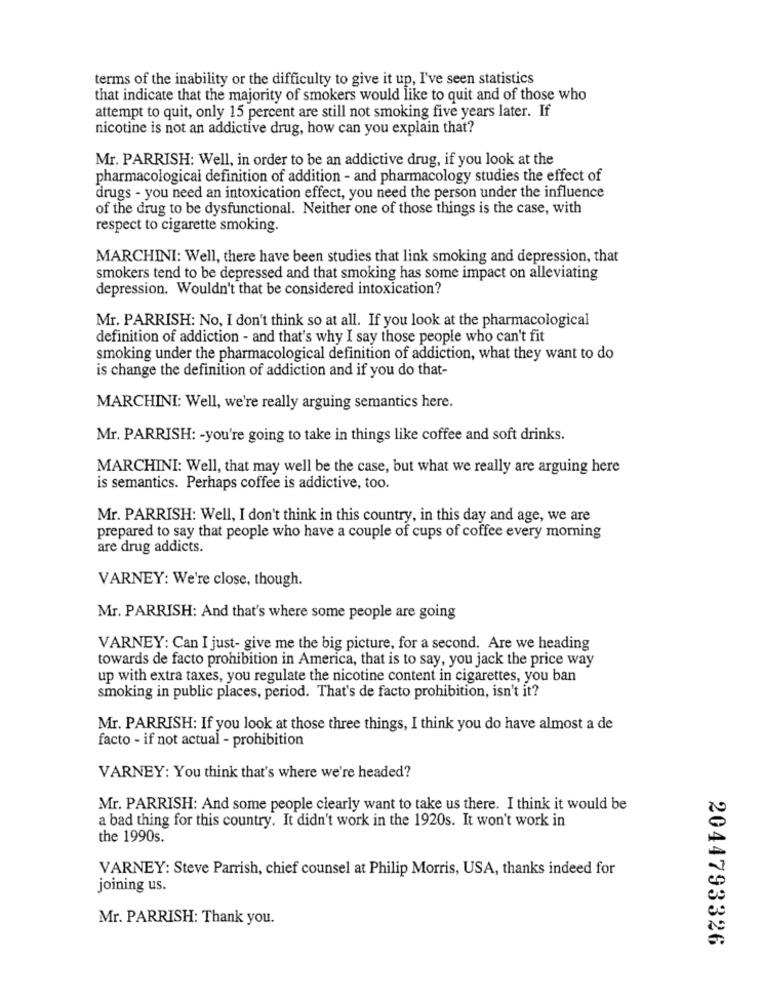
terms of the inability or the difficulty to give it up, I've seen statistics
that indicate that the majority of smokers would like to quit and of those who
attempt to quit, only 15 percent are still not smoking five years later. If
nicotine is not an addictive drug, how can you explain that?
Mr. PARRISH: Well, in order to be an addictive drug, if you look at the
pharmacological definition of addition - and pharmacology studies the effect of
drugs - you need an intoxication effect, you need the person under the influence
of the drug to be dysfunctional. Neither one of those things is the case, with
respect to cigarette smoking.
MARCHINI: Well, there have been studies that link smoking and depression, that
smokers tend to be depressed and that smoking has some impact on alleviating
depression. Wouldn't that be considered intoxication?
Mr. PARRISH: No, I don't think so at all. If you look at the pharmacological
definition of addiction - and that's why I say those people who can't fit
smoking under the pharmacological definition of addiction, what they want to do
is change the definition of addiction and if you do that-
MARCHINI: Well, we're really arguing semantics here.
Mr. PARRISH: - you're going to take in things like coffee and soft drinks.
MARCHINI: Well, that may well be the case, but what we really are arguing here
is semantics. Perhaps coffee is addictive, too.
Mr. PARRISH: Well, I don't think in this country, in this day and age, we are
prepared to say that people who have a couple of cups of coffee every morning
are drug addicts.
VARNEY: We're close, though.
Mr. PARRISH: And that's where some people are going
VARNEY: Can I just- give me the big picture, for a second. Are we heading
towards de facto prohibition in America, that is to say, you jack the price way
up with extra taxes, you regulate the nicotine content in cigarettes, you ban
smoking in public places, period. That's de facto prohibition, isn't it?
Mr. PARRISH: If you look at those three things, I think you do have almost a de
facto - if not actual - prohibition
VARNEY: You think that's where we're headed?
Mr. PARRISH: And some people clearly want to take us there. I think it would be
a bad thing for this country. It didn't work in the 1920s. It won't work in
the 1990s.
VARNEY: Steve Parrish, chief counsel at Philip Morris, USA, thanks indeed for
joining us.
Mr. PARRISH: Thank you.
2044793326